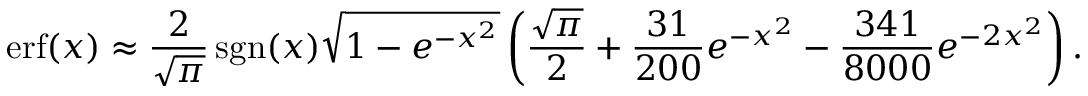
\operatorname { e r f } ( x ) \approx { \frac { 2 } { \sqrt { \pi } } } \operatorname { s g n } ( x ) { \sqrt { 1 - e ^ { - x ^ { 2 } } } } \left( { \frac { \sqrt { \pi } } { 2 } } + { \frac { 3 1 } { 2 0 0 } } e ^ { - x ^ { 2 } } - { \frac { 3 4 1 } { 8 0 0 0 } } e ^ { - 2 x ^ { 2 } } \right) .